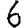
Digit: 6